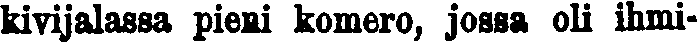
kivijalassa pieni komero, jossa oli ihmi-